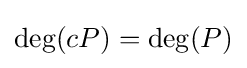
\deg(cP)=\deg(P)